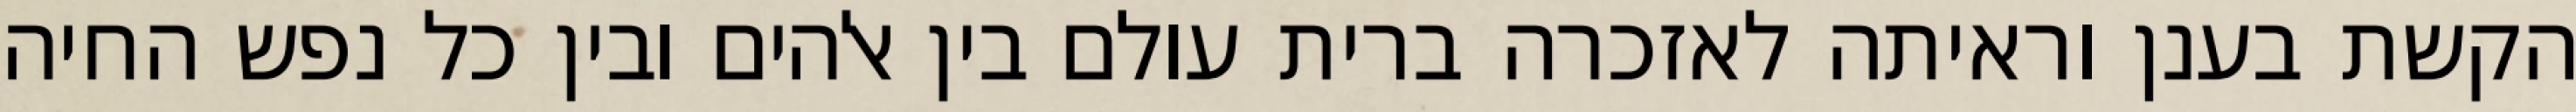
הקשת בענן וראיתה לאזכרה ברית עולם בין אלהים ובין כל נפש החיה